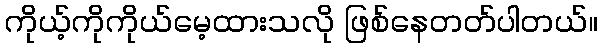
ကိုယ့်ကိုကိုယ်မေ့ထားသလို ဖြစ်နေတတ်ပါတယ်။